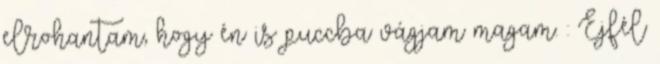
elrohantam, hogy én is puccba vágjam magam. : Éjfél